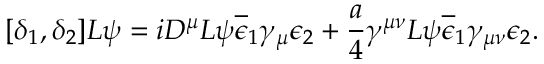
[ \delta _ { 1 } , \delta _ { 2 } ] L \psi = i D ^ { \mu } L \psi \overline { { { \epsilon } } } _ { 1 } \gamma _ { \mu } \epsilon _ { 2 } + \frac { a } { 4 } \gamma ^ { \mu \nu } L \psi \overline { { { \epsilon } } } _ { 1 } \gamma _ { \mu \nu } \epsilon _ { 2 } .